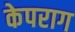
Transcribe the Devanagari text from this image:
केपराग